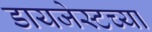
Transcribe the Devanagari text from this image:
डायजेस्टच्या